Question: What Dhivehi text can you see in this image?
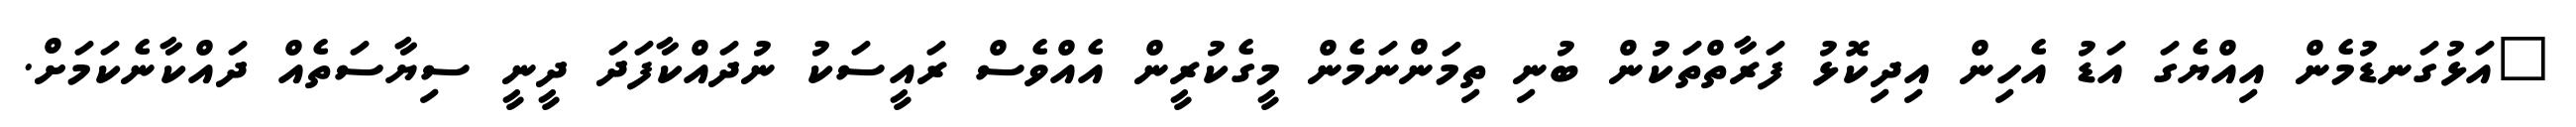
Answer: "އަޅުގަނޑުމެން އިއްޔެގަ އަޑު އެހިން އިދިކޮޅު ފަރާތްތަކުން ބުނި ތިމަންނަމެން މީގެކުރީން އެއްވެސް ރައީސަކު ނުދައްކާފަދަ ދީނީ ސިޔާސަތެއް ދައްކާނެކަމަށް.